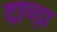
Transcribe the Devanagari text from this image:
दाव्ड़ा